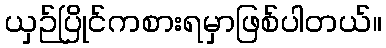
ယှဉ်ပြိုင်ကစားရမှာဖြစ်ပါတယ်။